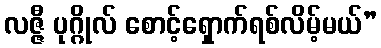
လဇ္ဇီ ပုဂ္ဂိုလ် စောင့်ရှောက်ရစ်လိမ့်မယ်”